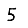
Digit: 5